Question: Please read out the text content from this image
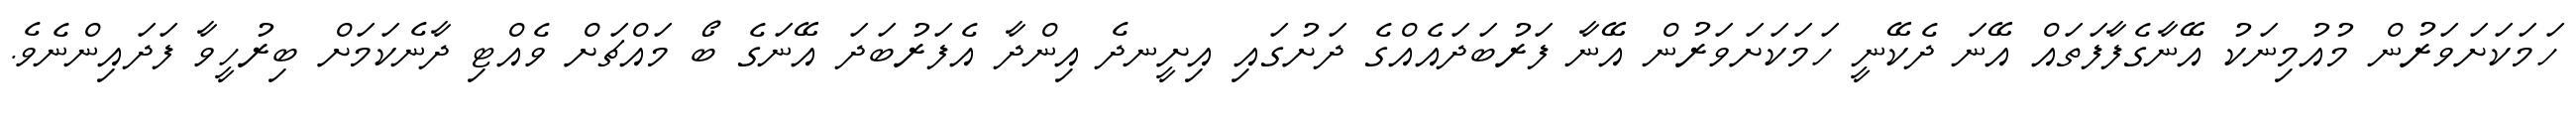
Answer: ހަމަކަށަވަރުން މުއުމިނަކު އޭނާގެފާފަތައް އޭނަ ދެކޭނީ ހަމަކަށަވަރުން އޭނާ ފަރުބަދައެއްގެ ދަށުގައި އިށީނދެ އިންދާ އެފަރުބަދަ އޭނަގެ ބޯ މައްޗަށް ވެއްޓި ދާނެކަމަށް ބިރުހީވާ ފަދައިންނެވެ.